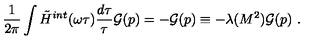
\frac { 1 } { 2 \pi } \int \tilde { H } ^ { i n t } ( \omega \tau ) \frac { d \tau } { \tau } { \cal G } ( p ) = - { \cal G } ( p ) \equiv - \lambda ( M ^ { 2 } ) { \cal G } ( p ) \ .